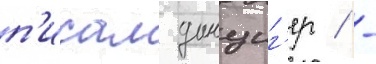
п'исал данциг'ер / -